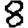
Digit: 8